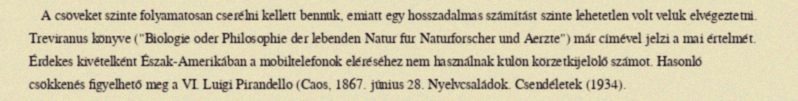
A csöveket szinte folyamatosan cserélni kellett bennük, emiatt egy hosszadalmas számítást szinte lehetetlen volt velük elvégeztetni. Treviranus könyve ("Biologie oder Philosophie der lebenden Natur für Naturforscher und Aerzte") már címével jelzi a mai értelmét. Érdekes kivételként Észak-Amerikában a mobiltelefonok eléréséhez nem használnak külön körzetkijelölő számot. Hasonló csökkenés figyelhető meg a VI. Luigi Pirandello (Caos, 1867. június 28. Nyelvcsaládok. Csendéletek (1934).